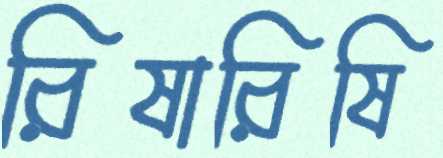
রিষারিষি